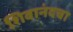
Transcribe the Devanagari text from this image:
शिवानंदचा